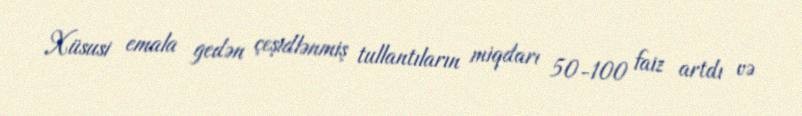
Xüsusi emala gedən çeşidlənmiş tullantıların miqdarı 50-100 faiz artdı və